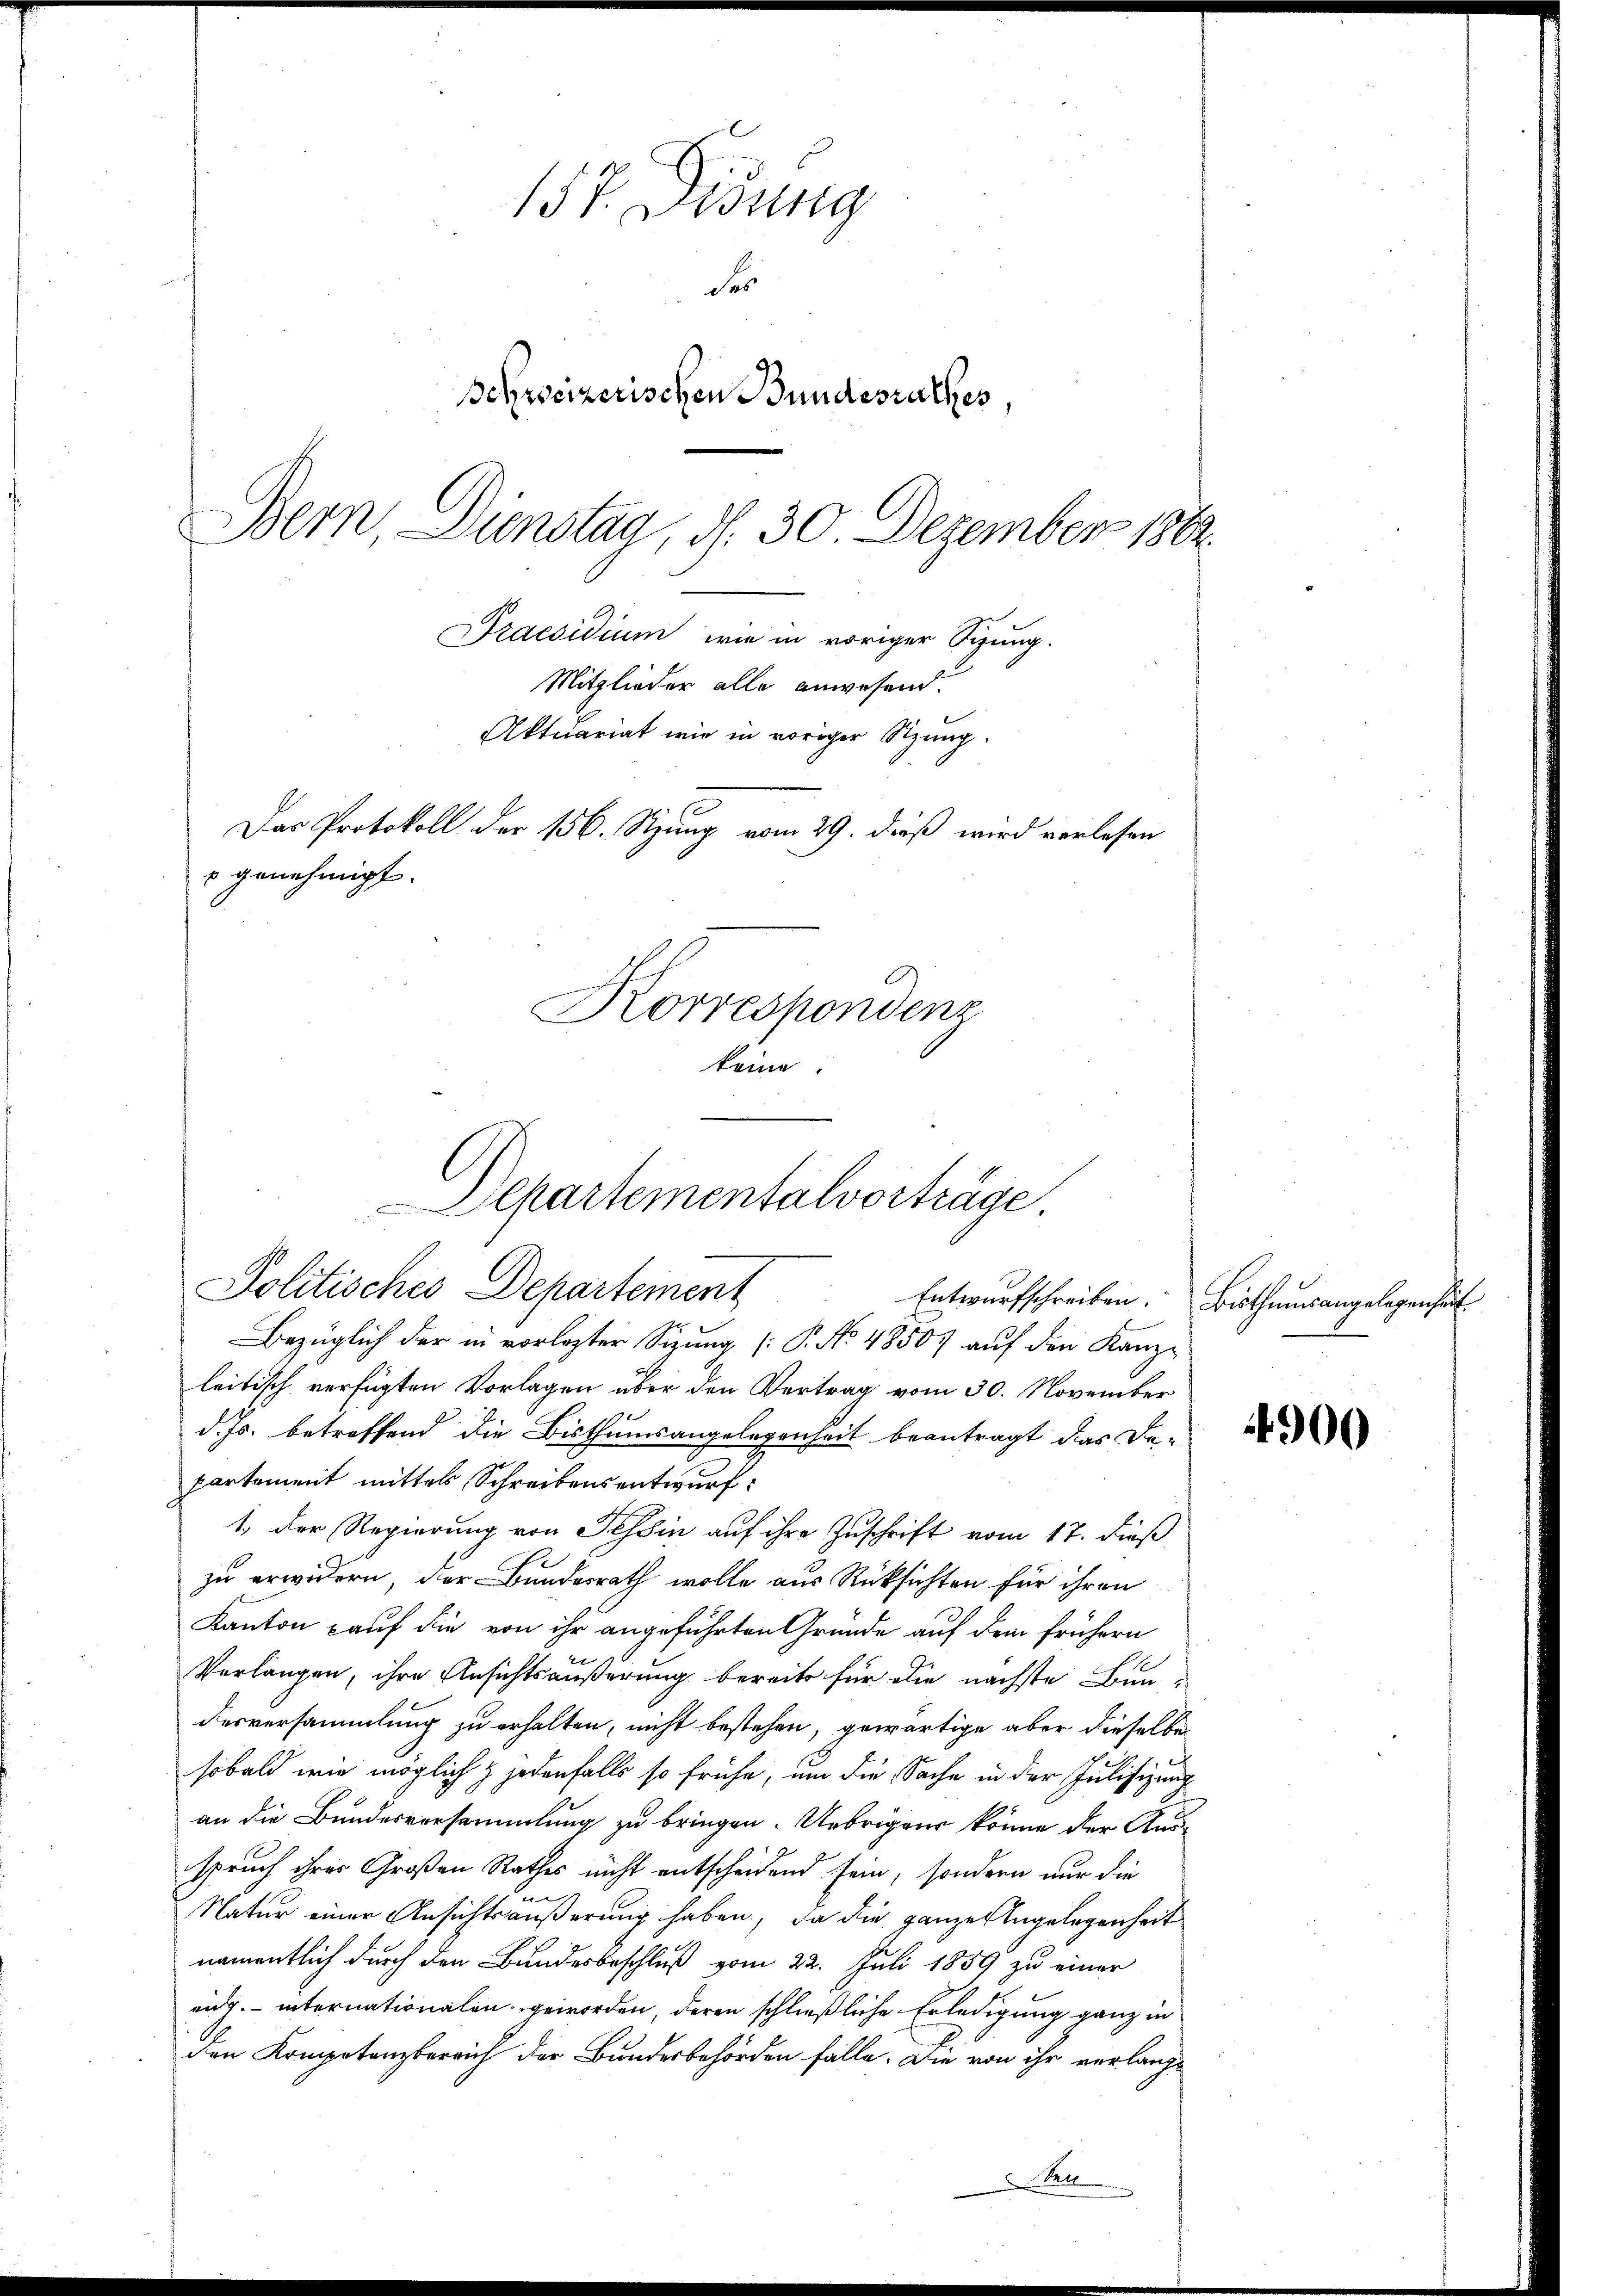
157. Lesung
Fes
Schweizerischen Bundesrathes,
Praesidium wie in voriger Sizung.
Mitglieder alle anwesend.
Aktuariat wir in voriger Sitzung.
Das Protokoll der 156. Sizung vom 29. dieß wird verlesen
s genehmigt.
Korrespondenz
keine.

Bern Dienstag, d. 30. Dezember 1862.

Separtementalvorträge.
Politisches Departement

Bezüglich der in vorlegter Sitzung [P. No 48507 auf den Kanzleitisch verfügten Vorlagen über den Vertrag vom 30. November
d. Js. betreffend die Bisthumsangelegenheit beantragt das De-
partement mittels Schreibensentwurf:
1. Der Regierung von Tessin auf ihre Zuschrift vom 17. dieß
zu erwidern, der Bundesrath wolle aus Rücksichten für ihren
Kanton auf die von ihr angeführten Gründe auf dem frühern
Verlangen, ihre Ansichtsäußerung bereits für die nächste Bundesversammlung zu erhalten, nicht bestehen, gewärtige aber dieselbe
sobald wie möglich & jedenfalls so frühe, um die Sache in der Julisizung
an die Bundesversammlung zu bringen. Uebrigen könne der Ausspruch ihrer Großen Rathes nicht entscheidend sein, sondern nur die
Natur einer Ansichtsäußerung haben, da die ganze Angelegenheit
namentlich durch den Bundesbeschluß vom 22. Juli 1859 zu einer
eidg. internationalen geworden, deren schließliche Erledigung ganz in
den Kompetenzbereich der Bundesbehörden fälle. Die von ihr verlangt
Seit

Entwurfschreiben. Bisthumsangelegenheit

4900